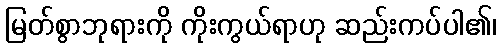
မြတ်စွာဘုရားကို ကိုးကွယ်ရာဟု ဆည်းကပ်ပါ၏၊